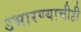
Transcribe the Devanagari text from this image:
उभारण्याचीही